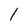
Character: l